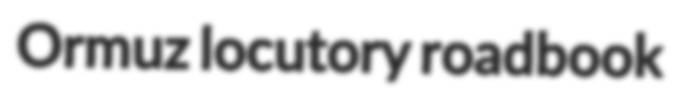
Ormuz locutory roadbook